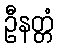
ဦနတ္တံ